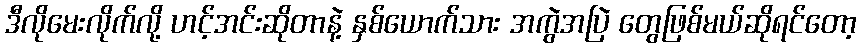
ဒီလိုမေးလိုက်လို့ ဟင့်အင်းဆိုတာနဲ့ နှစ်ယောက်သား အကွဲအပြဲ တွေဖြစ်မယ်ဆိုရင်တော့